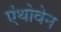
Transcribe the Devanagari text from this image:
एंथोवेन